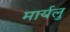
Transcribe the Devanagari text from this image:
मार्यलु